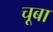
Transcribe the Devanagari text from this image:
चूबा